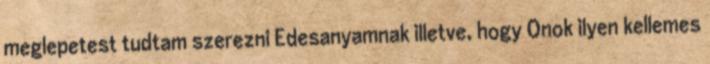
meglepetest tudtam szerezni Edesanyamnak illetve, hogy Onok ilyen kellemes